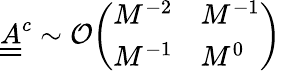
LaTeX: \underline{{\underline{{A}}}}^{c}\sim\mathcal{O}\begin{array}{l}{\left(\begin{array}{ll}{M^{-2}}&{M^{-1}}\\ {M^{-1}}&{M^{0}}\end{array}\right)}\end{array}